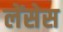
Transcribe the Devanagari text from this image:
लेंसेस